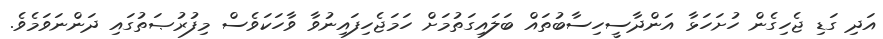
އަދި ގަޑި ޖެހިގެން ހުށަހަޅާ އަންދާސީހިސާބުތައް ބަލައިގަތުމަށް ހަމަޖެހިފައިނުވާ ވާހަކަވެސް މިފުރުޞަތުގައި ދަންނަވަމެވެ.